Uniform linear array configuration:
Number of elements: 24
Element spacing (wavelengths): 0.25
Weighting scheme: uniform
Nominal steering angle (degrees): -30
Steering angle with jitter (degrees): -28.291
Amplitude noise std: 0.05
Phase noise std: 0.05

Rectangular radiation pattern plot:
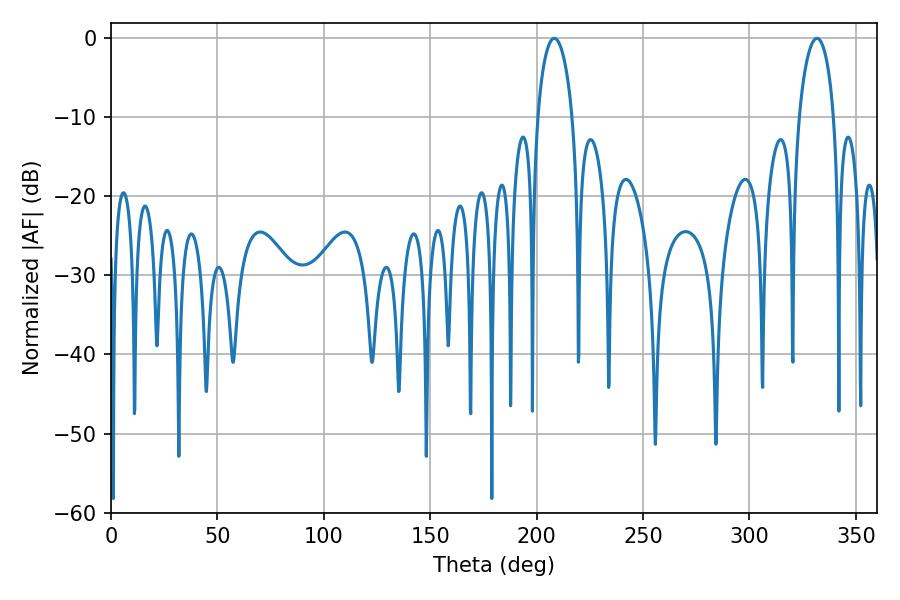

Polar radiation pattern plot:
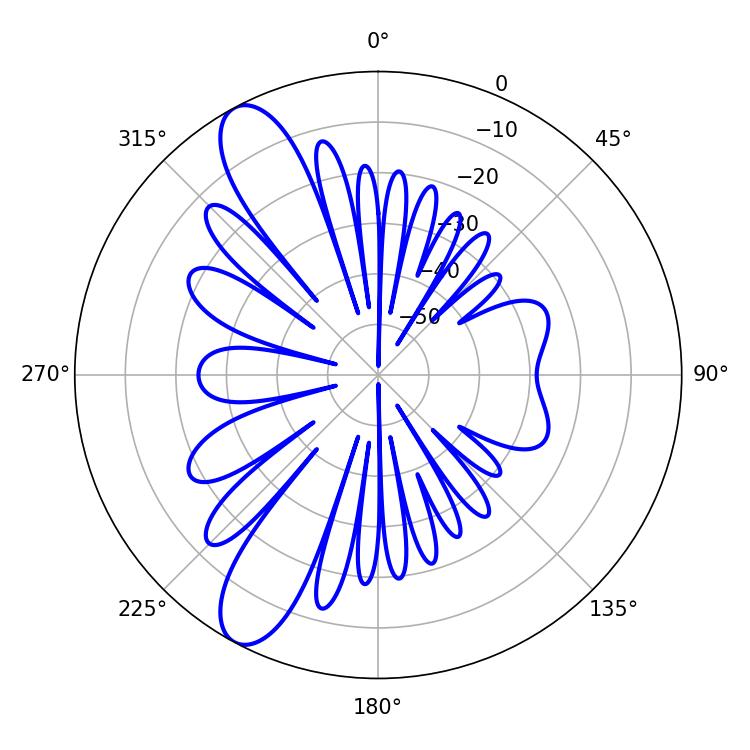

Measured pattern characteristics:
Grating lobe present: FALSE
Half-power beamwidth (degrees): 9.36
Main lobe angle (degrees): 208.26